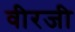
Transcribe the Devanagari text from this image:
वीरजी